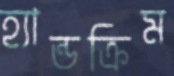
হ্যান্ডক্রিম